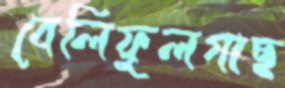
বেলিফুলগাছ